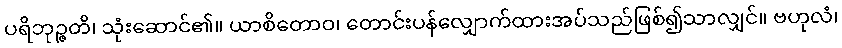
ပရိဘုဉ္ဇတိ၊ သုံးဆောင်၏။ ယာစိတောဝ၊ တောင်းပန်လျှောက်ထားအပ်သည်ဖြစ်၍သာလျှင်။ ဗဟုလံ၊